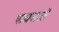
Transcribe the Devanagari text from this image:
याचनाओं